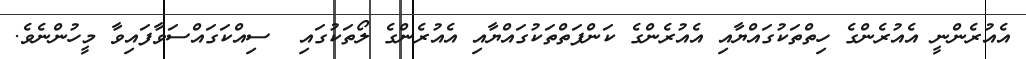
އެއުރެންނީ އެއުރެންގެ ހިތްތަކުގައްޔާއި އެއުރެންގެ ކަންފަތްތަކުގައްޔާއި އެއުރެންގެ ލޯތަކުގައި  ސިއްކަގައްސަވާފައިވާ މީހުންނެވެ.